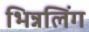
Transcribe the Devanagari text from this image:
भिन्नलिंग